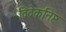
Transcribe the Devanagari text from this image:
विवेकनिष्ट